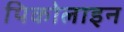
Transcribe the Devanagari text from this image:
पिकोलाइन